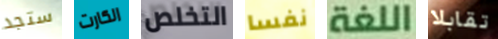
ستجد الكارت التخلص نفسا اللغة تقابلا